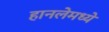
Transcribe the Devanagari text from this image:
हानलेमध्ये